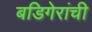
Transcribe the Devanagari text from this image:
बडिगेरांची